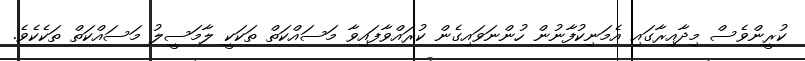
ކުރީންވެސް މިދާއިރާގައި އެމަނިކުފާނުން ހުންނަވައިގެން ކުރައްވާފައިވާ މަސައްކަތް ތަކަކީ ލާމަސީލު މަސައްކަތް ތަކެކެވެ.